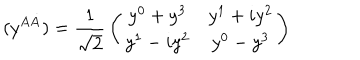
LaTeX: ( y ^ { A \dot { A } } ) = { \frac { 1 } { \sqrt { 2 } } } \left( \begin{array} { c c } { { y ^ { 0 } + y ^ { 3 } } } & { { y ^ { 1 } + i y ^ { 2 } } } \\ { { y ^ { 1 } - i y ^ { 2 } } } & { { y ^ { 0 } - y ^ { 3 } } } \\ \end{array} \right)